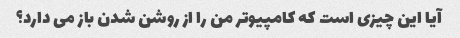
آیا این چیزی است که کامپیوتر من را از روشن شدن باز می دارد؟